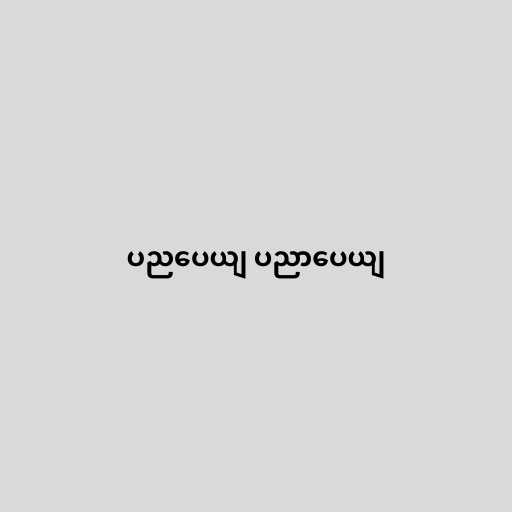
ပညပေယျ ပညာပေယျ